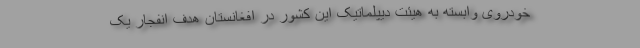
خودروی وابسته به هیئت دیپلماتیک این کشور در افغانستان هدف انفجار یک